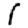
Digit: 1